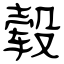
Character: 毂